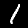
Digit: 1